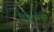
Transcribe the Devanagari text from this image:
डियाकोनेस